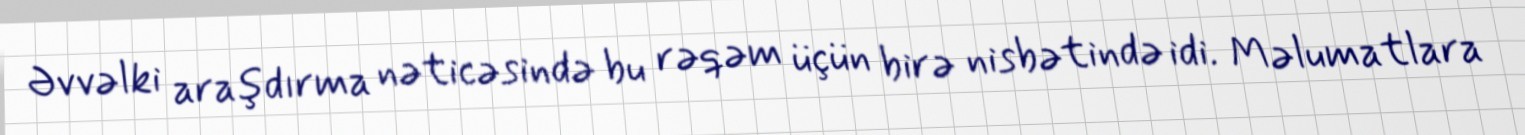
Əvvəlki araşdırma nəticəsində bu rəqəm üçün birə nisbətində idi. Məlumatlara